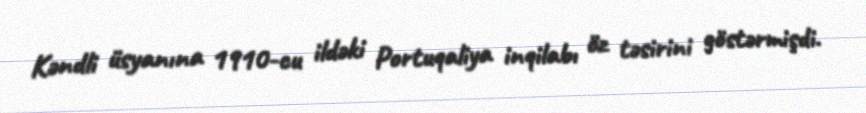
Kəndli üsyanına 1910-cu ildəki Portuqaliya inqilabı öz təsirini göstərmişdi.